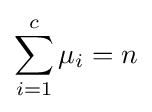
\sum _{i=1}^{c}\mu _{i}=n